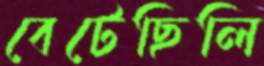
বেটেছিলি